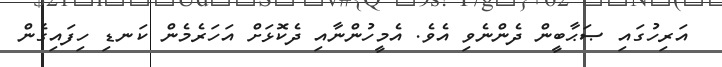
އަރިހުގައި ޞަޙާބީން ދެންނެވި އެވެ. އެމީހުންނާއި ދެކޮޅަށް އަހަރެމެން ކަނޑި ހިފައިގެން